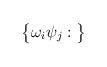
LaTeX: \begin{align*}\big\{\omega_i \psi_j : \big\}\end{align*}